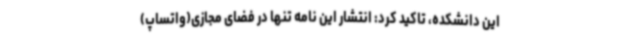
این دانشکده، تاکید کرد: انتشار این نامه تنها در فضای مجازی(واتساپ)